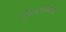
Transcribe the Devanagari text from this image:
मोनोऑक्सीजेनेज